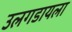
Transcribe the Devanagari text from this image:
उलगडायला